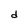
Character: d